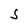
Character: j